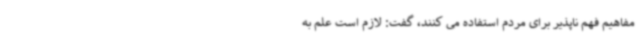
مفاهیم فهم ناپذیر برای مردم استفاده می کنند، گفت: لازم است علم به